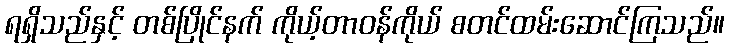
ရရှိသည်နှင့် တစ်ပြိုင်နက် ကိုယ့်တာဝန်ကိုယ် စတင်ထမ်းဆောင်ကြသည်။